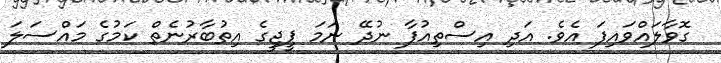
ގޮވާލައްވައިފަ އެވެ. އަދި އިސްތިއުފާ ނުދޭ ނަމަ ޕީޖީގެ އިތުބާރުނެތް ކަމުގެ މައްސަލަ